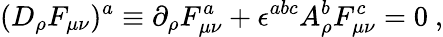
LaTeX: (D_{\rho}F_{\mu\nu})^{a}\equiv\partial_{\rho}F_{\mu\nu}^{a}+\epsilon^{abc}A_{\rho}^{b}F_{\mu\nu}^{c}=0\ ,